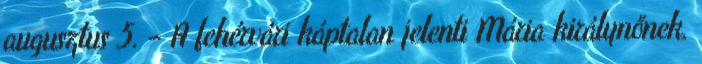
augusztus 5. – A fehérvári káptalan jelenti Mária királynőnek,